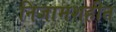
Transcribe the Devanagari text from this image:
निजामशहीत